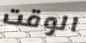
الوقت